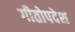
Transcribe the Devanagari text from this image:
गीतोपदेश